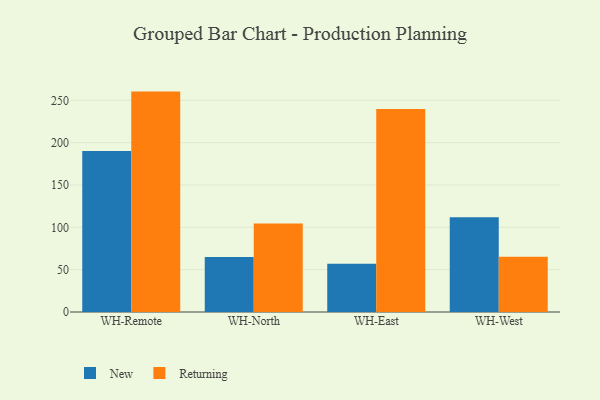
{"axis": {"x": "Warehouse", "y": "Revenue (USD Million)"}, "legend": ["New", "Returning"], "data": [{"x": "WH-Remote", "y": 190.2, "type": "New"}, {"x": "WH-Remote", "y": 260.3, "type": "Returning"}, {"x": "WH-North", "y": 65.1, "type": "New"}, {"x": "WH-North", "y": 104.6, "type": "Returning"}, {"x": "WH-East", "y": 56.9, "type": "New"}, {"x": "WH-East", "y": 239.7, "type": "Returning"}, {"x": "WH-West", "y": 111.8, "type": "New"}, {"x": "WH-West", "y": 65.3, "type": "Returning"}]}